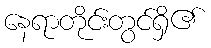
နေရာတိုင်းတွင်ရှိ၏